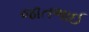
જાતભાઈ